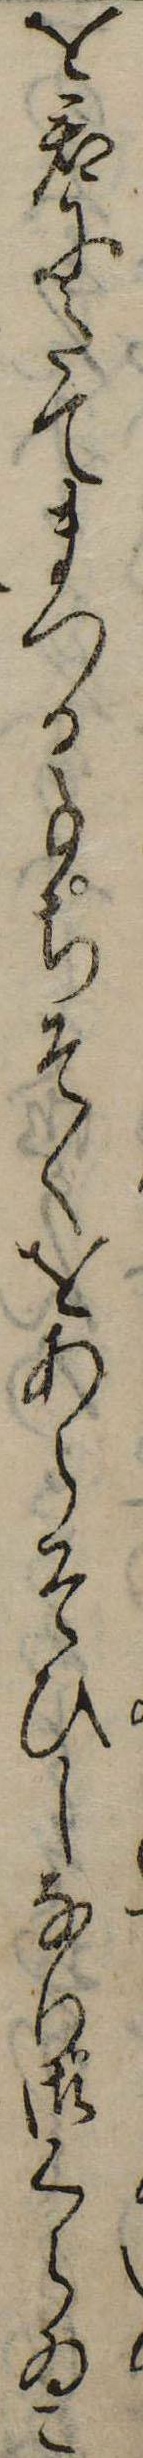
を君にたてまつる事ちそくをあらそひしなり御くらゐこ